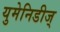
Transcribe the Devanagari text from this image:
युमेनिडीज्‌